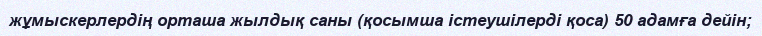
жұмыскерлердің орташа жылдық саны (қосымша істеушілерді қоса) 50 адамға дейін;